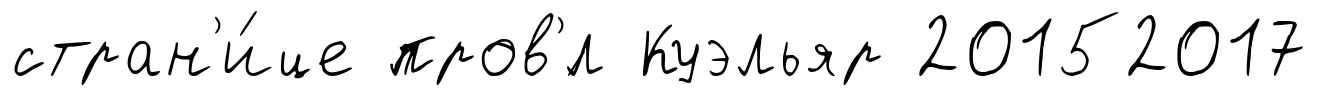
стран'и́це пров'́л Куэльяр 20152017